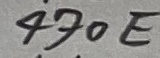
Text: 470E